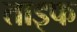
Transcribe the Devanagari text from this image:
ताइफ